Report of the Lahore Medical School Hospital
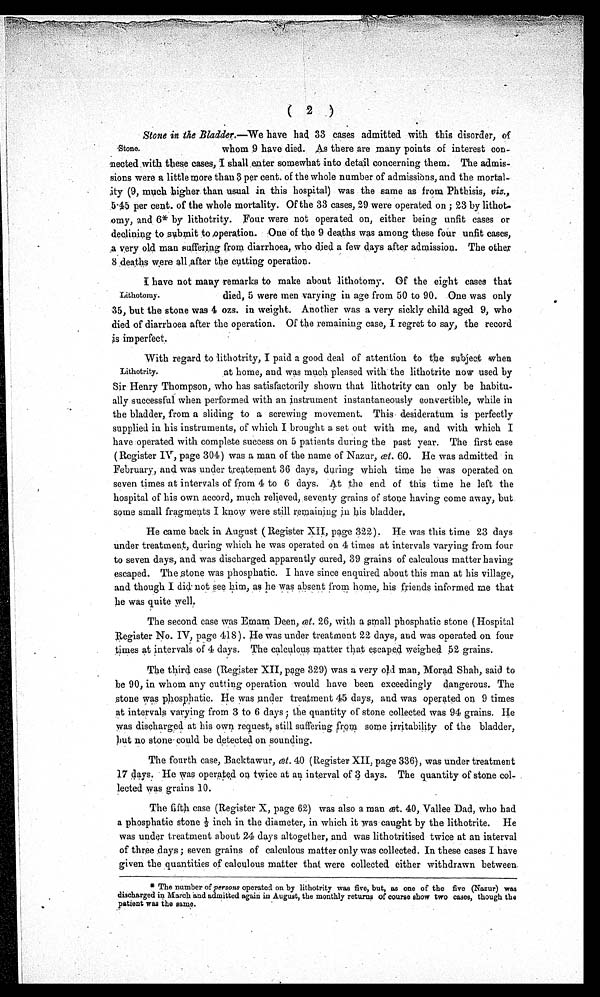
( 2
)
Stone.
Stone in the Bladder.—W e
have had 33 cases admitted with this disorder, of
whom 9 have died. As there are many points of interest con-
nected with these cases, I shall enter somewhat into detail concerning them. The admis-
sions were a little more than 3 per cent. of the whole number of admissions, and the mortal-
ity (9, much higher than usual in this hospital) was the same as from Phthisis, viz.,
5.45 per cent. of the whole mortality. Of the 33 cases, 29 were operated on ; 23 by lithot-
o m y , a n d 6 * b y l i t h o t r i t y . F o u r w e r e n o t o p e r a t e d o n , e i t h e r b e i n g u n f i t c a s e s o r
declining to submit to operation. One of the 9 deaths was among these four unfit cases,
A very old man suffering from diarrhoea, who died a few days after admission. The other
8 d e a t h s w e r e a l l A f t e r t h e c u t t i n g o p e r a t i o n .
Lithotomy.
I have not many remarks to make about lithotomy. Of the eight cases that
died, 5 were men varying in age from 50 to 90. One was only
35, but the stone was 4 ozs. in weight. Another was a very sickly child aged 9, who
died of diarrhoea after the operation. Of the remaining case, I regret to say, the record
is imperfect.
With regard to lithotrity, I paid a good deal of attention to the subject when
Lithotrity. at home, and was much pleased with' the lithotrite now used by
Sir Henry Thompson, who has satisfactorily shown that lithotrity can only be habitu-
ally successful when performed with an instrument instantaneously convertible, while in
the bladder, from a sliding to a screwing movement. This desideratum is perfectly
supplied in his instruments, of which I brought a set out with me, and with which I
have operated with complete success on 5 patients during the past year. The first case
(Register IV, page 304) was a man of the name of Nazur, œt. 60. He was admitted in
February, and was under treatement 36 days, during which time he was operated on
seven times at intervals of from 4 to 6 days. At the end of this time he left the
hospital of his own accord, much relieved, seventy grains of stone having come away, but
some small fragments I know were still remaining in his bladder.
He came back in August (Register XII, page 322). He was this time 23 days
under treatment, during which he was operated on 4 times at intervals varying from four
to seven days, and was discharged apparently cured, 39 grains of calculous matter having
escaped. The stone was phosphatic. I have since enquired about this man at his village,
and though I did not see him, as he was absent from home, his friends informed me that
he was quite well.
The second case was Emam Deen, œt. 26, with a small phosphatic stone (Hospital
Register No. IV, page 418). He was under treatment 22 days, and was operated on four
times at intervals of 4 days. The calculous matter that escaped weighed 52 grains.
The third case (Register XII, page 329) was a very old man, Morad Shah, said to
be 90, in whom any cutting operation would have been exceedingly dangerous. The
stone was phosphatic. He was under treatment 45 days, and was operated on 9 times
at intervals varying from 3 to 6 days ; the quantity of stone collected was 94 grains. He
was discharged at his own request, still suffering from some irritability of the bladder,
but no stone could be detected on sounding.
The fourth case, Backtawur, œt. 40 (Register. XII, page 336), was under treatment
17 days . He was operated on twice at an interval of 3 days. The quantity of stone col-
lected was grains 10.
The fifth case (Register X, page 62) was also a man œt. 40, Vallee Dad, who had
a phosphatic stone 1/3i n c h i n t h e d i a m e t e r , i n w h i c h i t w a s c a u g h t b y t h e l i t h o t r i t e . H e
was under treatment about 24 days altogether, and was lithotritised twice at an interval
of three days ; seven grains of calculous matter only was collected. In these cases I have
given the quantities of calculous matter that were collected either withdrawn between
.
* The number of persons operated on by lithotrity was five, but, as one of the five (Nazur) was
discharged in March and admitted again in August, the monthly returns of course show two cases, though the
patient was the same.